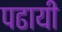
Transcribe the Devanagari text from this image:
पढायी